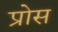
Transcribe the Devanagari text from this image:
प्रोस